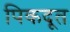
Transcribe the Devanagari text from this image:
पिकदूत